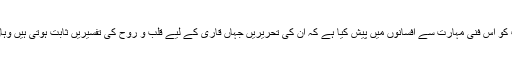
سلطان جمیل نسیم نے اپنے مشاہدات،تجربات،جذبات اور احساسات کو اس فنی مہارت سے افسانوں میں پیش کیا ہے کہ ان کی تحریریں جہاں قاری کے لیے قلب و روح کی تفسیریں ثابت ہوتی ہیں وہاں استحصالی عناصر کے لیے یہ فطرت کی تعزیریں بن جاتی ہیں۔